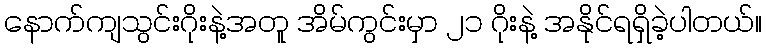
နောက်ကျသွင်းဂိုးနဲ့အတူ အိမ်ကွင်းမှာ ၂၁ ဂိုးနဲ့ အနိုင်ရရှိခဲ့ပါတယ်။